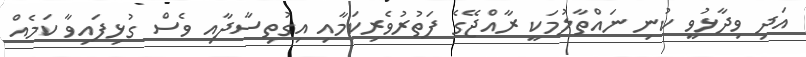
އަދި ވިދާޅުވީ ކުނި ނައްތާލުމަކީ ރާއްޖޭގެ ފަތުރުވެރިކަމާއި އިގުތިސާދާއި ވެސް ގުޅިފައިވާ ކަމެއް